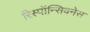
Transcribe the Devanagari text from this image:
रिस्पॉन्सिवनेस